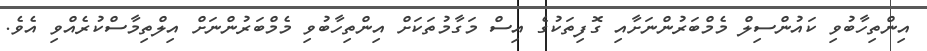
އިންތިހާބުވި ކައުންސިލް މެމްބަރުންނަށާއި ގޮފިތަކުގެ އިސް މަގާމުތަކަށް އިންތިހާބުވި މެމްބަރުންނަށް އިލްތިމާސްކުރެއްވި އެވެ.